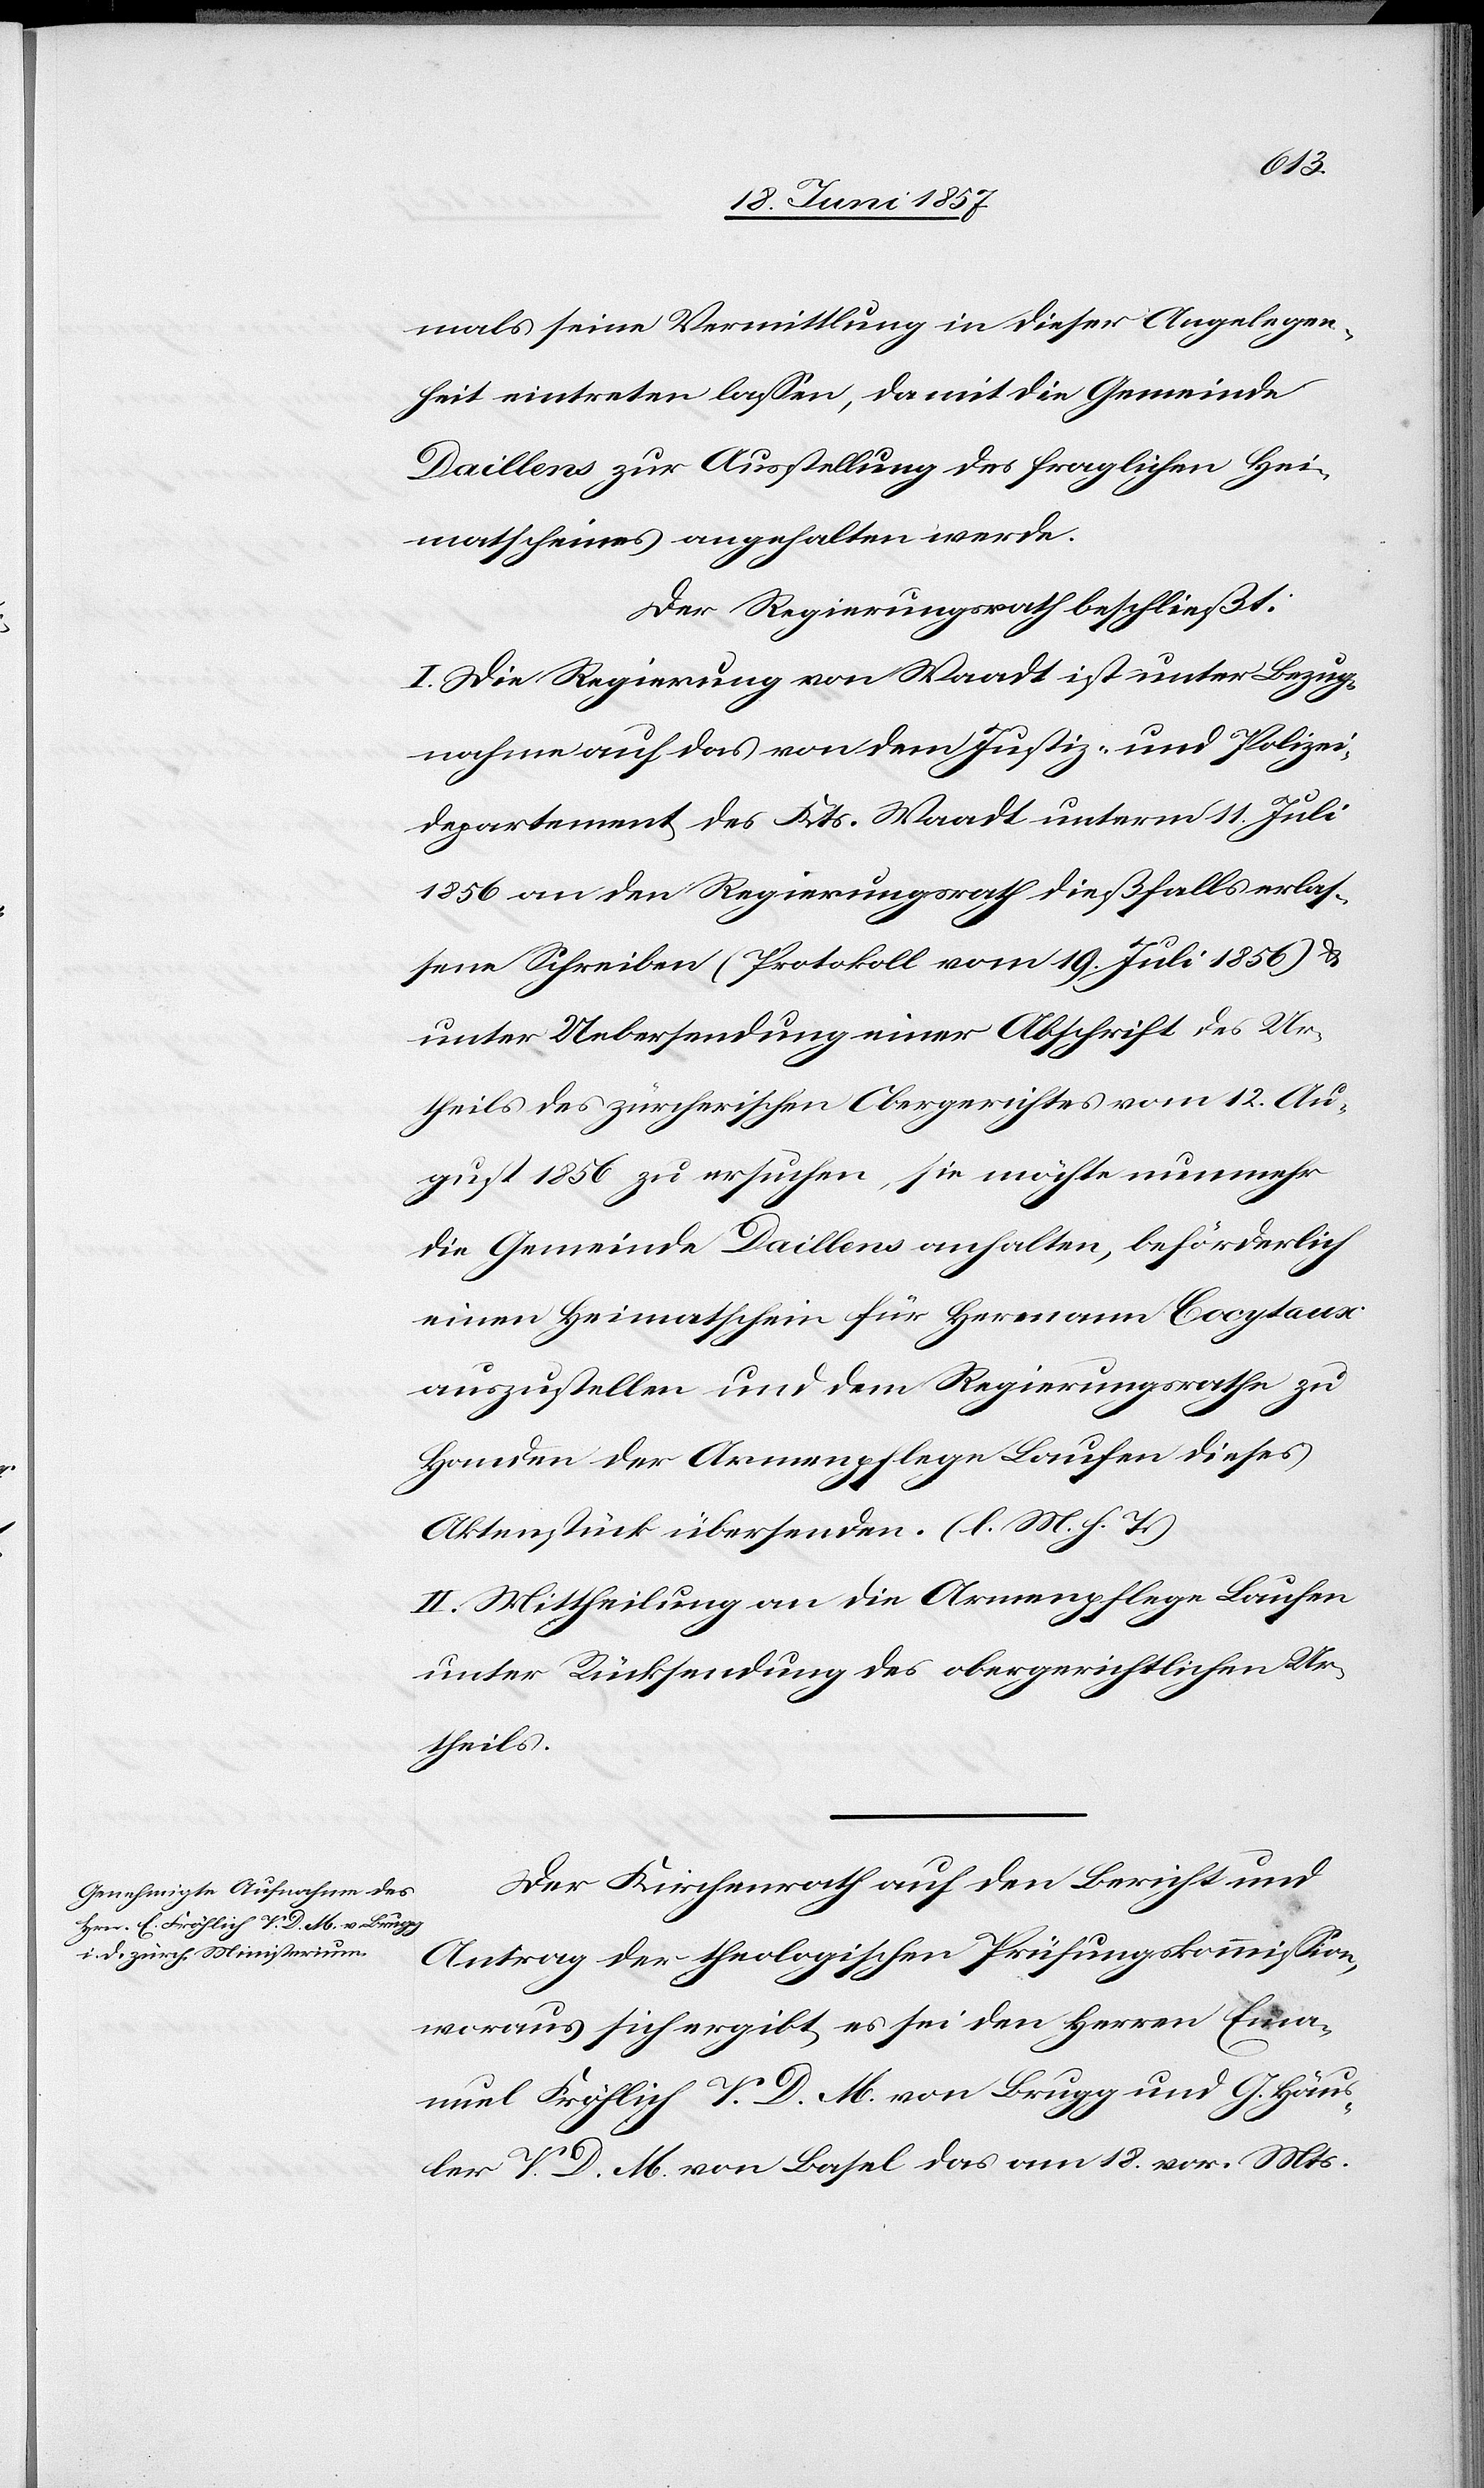
mals seine Vermittlung in dieser Angelegen¬
heit eintreten lassen, damit die Gemeinde
Daillens zur Ausstellung des fraglichen Hei¬
matscheines angehalten werde.
Der Regierungsrath beschließt:
I. Die Regierung von Waadt ist unter Bezug¬
nahme auf das von dem Justiz- und Polizei¬
departement des Kts. Waadt unterm 11 Juli
1856 an den Regierungsrath dießfalls erlas¬
sene Schreiben (Protokoll vom 19 Juli 1856) &
unter Uebersendung einer Abschrift des Ur¬
theils des zürcherischen Obergerichtes vom 12 Au¬
gust 1856 zu ersuchen, sie möchte nunmehr
die Gemeinde Daillens anhalten, beförderlich
einen Heimatschein für Hermann Cocytaux
auszustellen und dem Regierungsrathe zu
Handen der Armenpflege Laufen dieses
Aktenstück übersenden. [l. M. h. T]
II. Mittheilung an die Armenpflege Laufen
unter Rücksendung des obergerichtlichen Ur¬
theils.
Der Kirchenrath auf den Bericht und
Antrag der theologischen Prüfungskommission,
woraus sich ergibt es sei den Herren Ema¬
nuel Fröhlich V. D. M. von Brugg und G. Häus¬
ler V. D. M. von Basel das am 18 vor. Mts.